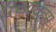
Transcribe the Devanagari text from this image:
सुखावहम्